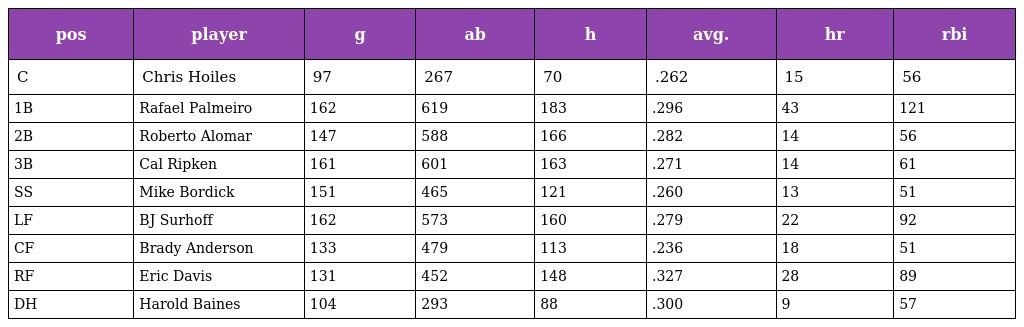
| pos | player | g | ab | h | avg. | hr | rbi |
 | --- | --- | --- | --- | --- | --- | --- | --- |
 | C | Chris Hoiles | 97 | 267 | 70 | .262 | 15 | 56 |
 | 1B | Rafael Palmeiro | 162 | 619 | 183 | .296 | 43 | 121 |
 | 2B | Roberto Alomar | 147 | 588 | 166 | .282 | 14 | 56 |
 | 3B | Cal Ripken | 161 | 601 | 163 | .271 | 14 | 61 |
 | SS | Mike Bordick | 151 | 465 | 121 | .260 | 13 | 51 |
 | LF | BJ Surhoff | 162 | 573 | 160 | .279 | 22 | 92 |
 | CF | Brady Anderson | 133 | 479 | 113 | .236 | 18 | 51 |
 | RF | Eric Davis | 131 | 452 | 148 | .327 | 28 | 89 |
 | DH | Harold Baines | 104 | 293 | 88 | .300 | 9 | 57 |